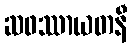
ဆဖဿာယတနီ